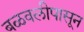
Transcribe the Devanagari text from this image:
बळवलीपासून